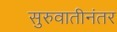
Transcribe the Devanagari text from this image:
सुरुवातीनंतर